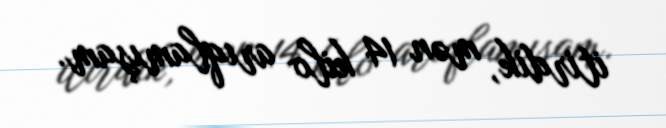
itirdik, mən 14 kilo arıqlamışam.